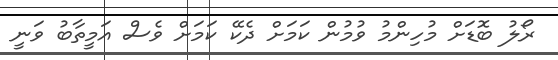
ރޯލު ބޮޑަށް މުހިންމު ވުމުން ކަމަށް ދެކޭ ކަމަށް ވެސް އަމީތާބު ވަނީ